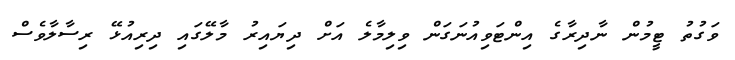
ވަގުތު ޓީމުން ނާދިރާގެ އިންޓަވިއުނަގަން ވިލިމާލެ އަށް ދިޔައިރު މާލޭގައި ދިރިއުޅޭ ރިސާލާވެސް